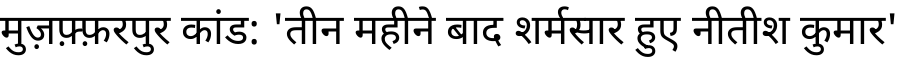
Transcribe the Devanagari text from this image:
मुज़फ़्फ़रपुर कांड: 'तीन महीने बाद शर्मसार हुए नीतीश कुमार'